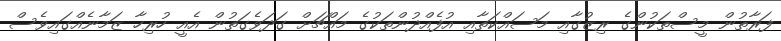
ފަރާތުން މީސްތަކުންގެ ރިޒުގާއި މަސައްކަތާއި އުފެއްދުންތަކުގެ މައްޗަށް ގަދަވެގަތުން އެއީ ހުރިހާ ޒަމާނެއްގައިވެސް